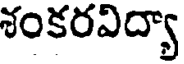
శంకరవిద్యా